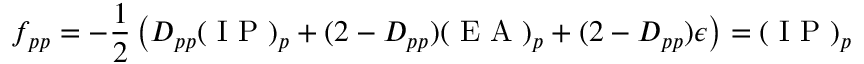
f _ { p p } = - \frac { 1 } { 2 } \left( D _ { p p } ( \mathrm { ~ I ~ P ~ } ) _ { p } + ( 2 - D _ { p p } ) ( \mathrm { ~ E ~ A ~ } ) _ { p } + ( 2 - D _ { p p } ) \epsilon \right) = ( \mathrm { ~ I ~ P ~ } ) _ { p }